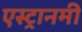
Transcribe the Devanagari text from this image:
एस्ट्रानमी